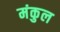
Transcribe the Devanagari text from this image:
मंकुल